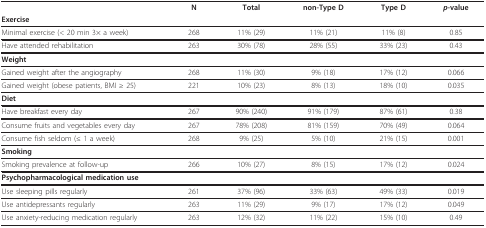
<table><thead><tr><td></td><td><b>N</b></td><td><b>Total</b></td><td><b>non-Type D</b></td><td><b>Type D</b></td><td><b><i>p</i>-value</b></td></tr><tr><td colspan="6"><b>Exercise</b></td></tr></thead><tbody><tr><td>Minimal exercise (&lt; 20 min 3× a week)</td><td>268</td><td>11% (29)</td><td>11% (21)</td><td>11% (8)</td><td>0.85</td></tr><tr><td>Have attended rehabilitation</td><td>263</td><td>30% (78)</td><td>28% (55)</td><td>33% (23)</td><td>0.43</td></tr><tr><td colspan="6"><b>Weight</b></td></tr><tr><td>Gained weight after the angiography</td><td>268</td><td>11% (30)</td><td>9% (18)</td><td>17% (12)</td><td>0.066</td></tr><tr><td>Gained weight (obese patients, BMI ≥ 25)</td><td>221</td><td>10% (23)</td><td>8% (13)</td><td>18% (10)</td><td>0.035</td></tr><tr><td colspan="6"><b>Diet</b></td></tr><tr><td>Have breakfast every day</td><td>267</td><td>90% (240)</td><td>91% (179)</td><td>87% (61)</td><td>0.38</td></tr><tr><td>Consume fruits and vegetables every day</td><td>267</td><td>78% (208)</td><td>81% (159)</td><td>70% (49)</td><td>0.064</td></tr><tr><td>Consume fish seldom (≤ 1 a week)</td><td>268</td><td>9% (25)</td><td>5% (10)</td><td>21% (15)</td><td>0.001</td></tr><tr><td colspan="6"><b>Smoking</b></td></tr><tr><td>Smoking prevalence at follow-up</td><td>266</td><td>10% (27)</td><td>8% (15)</td><td>17% (12)</td><td>0.024</td></tr><tr><td colspan="6"><b>Psychopharmacological medication use</b></td></tr><tr><td>Use sleeping pills regularly</td><td>261</td><td>37% (96)</td><td>33% (63)</td><td>49% (33)</td><td>0.019</td></tr><tr><td>Use antidepressants regularly</td><td>263</td><td>11% (29)</td><td>9% (17)</td><td>17% (12)</td><td>0.049</td></tr><tr><td>Use anxiety-reducing medication regularly</td><td>263</td><td>12% (32)</td><td>11% (22)</td><td>15% (10)</td><td>0.49</td></tr></tbody></table>